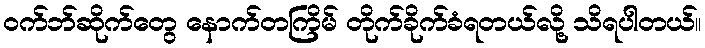
ဝက်ဘ်ဆိုက်တွေ နောက်တကြိမ် တိုက်ခိုက်ခံရတယ်လို့ သိရပါတယ်။